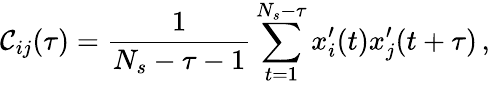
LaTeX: \mathcal{C}_{ij}(\tau)=\frac{{1}}{{N_{s}-\tau-1}}\sum_{t=1}^{N_{s}-\tau}x_{i}^{\prime}(t)x_{j}^{\prime}(t+\tau)\, ,